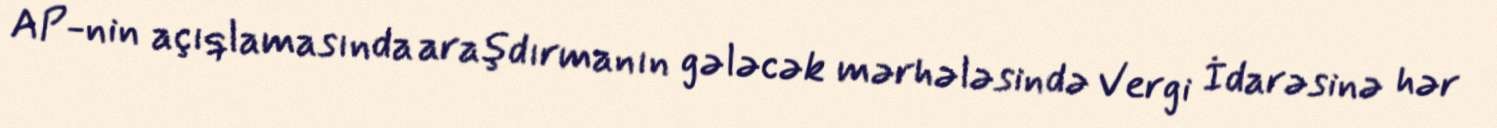
AP-nin açıqlamasında araşdırmanın gələcək mərhələsində Vergi İdarəsinə hər